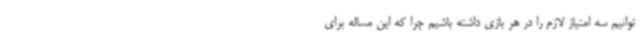
توانیم سه امتیاز لازم را در هر بازی داشته باشیم چرا که این مساله برای